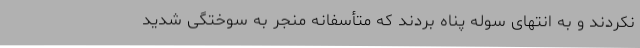
نکردند و به انتهای سوله پناه بردند که متأسفانه منجر به سوختگی شدید